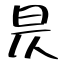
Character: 昃